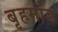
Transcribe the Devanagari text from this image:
बृहमांड